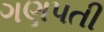
ગણપતી